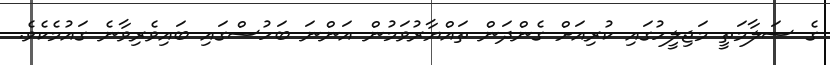
ގެ ސަލާމަތީ މަޖިލީހުގައި ކުރިއަށް ގެންދަން ތައްޔާރުވަމުން އަންނަ ބަހުސްގައި ބައިވެރިވާނެ ގައުމެކެވެ.